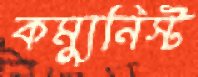
কম্যুনিস্ট